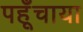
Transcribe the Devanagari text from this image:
पहूँचाया